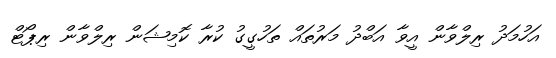
އަހުމަދު ރިލްވާން އީވާ އަބްދު މަރުތައް ތަހުގީގު ކުރާ ކޮމިޝަން ރިލްވާން ރިޕޯޓް